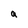
Character: a